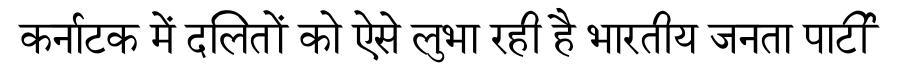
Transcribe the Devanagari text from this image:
कर्नाटक में दलितों को ऐसे लुभा रही है भारतीय जनता पार्टी